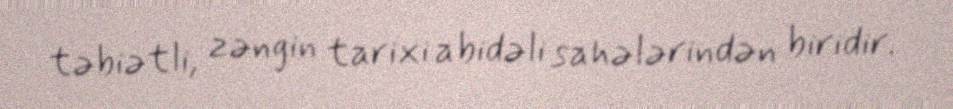
təbiətli, zəngin tarixi abidəli sahələrindən biridir.